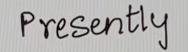
Presently